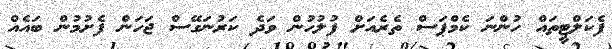
ފެކަލްޓީތައް ހުންނަ ކެމްޕަސް ތެރެއަށް ފުލުހުން ވަދެ ކަރުނަގޭސް ޖަހަން ފެށުމުން ބައެއް